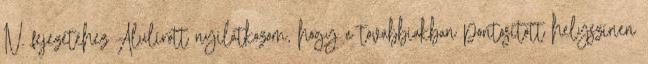
IV. fejezetéhez Alulírott nyilatkozom, hogy a továbbiakban pontosított helyszínen